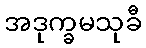
အဒုက္ခမသုခီ